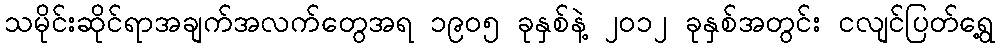
သမိုင်းဆိုင်ရာအချက်အလက်တွေအရ ၁၉၀၅ ခုနှစ်နဲ့ ၂၀၁၂ ခုနှစ်အတွင်း ငလျင်ပြတ်ရွေ့